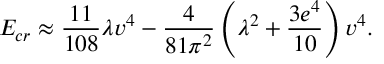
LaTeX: E _ { c r } \approx { \frac { 1 1 } { 1 0 8 } } \lambda v ^ { 4 } - { \frac { 4 } { 8 1 \pi ^ { 2 } } } \left( \lambda ^ { 2 } + { \frac { 3 e ^ { 4 } } { 1 0 } } \right) v ^ { 4 } .